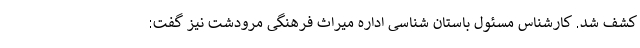
کشف شد. کارشناس مسئول باستان شناسی اداره میراث فرهنگی مرودشت نیز گفت: